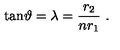
\mathrm { t a n } \vartheta = \lambda = { \frac { r _ { 2 } } { n r _ { 1 } } } \ .